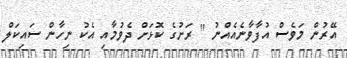
އޭރުން މަވެސް އުފާވާނެއެއްނު '' ރަށުގެ ކޮޅަށް ދެވުމާއި އެކު ނިހާން ސައިކަލް